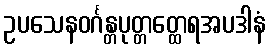
ဥပသေနဝင်္ဂန္တပုတ္တတ္ထေရအပဒါနံ